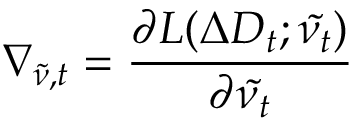
\nabla _ { \tilde { \nu } , t } = \frac { \partial L ( \Delta D _ { t } ; \tilde { \nu _ { t } } ) } { \partial \tilde { \nu _ { t } } }